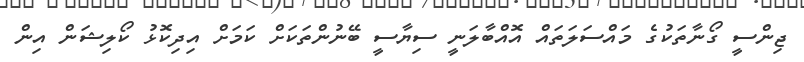
ޖިންސީ ގޯނާތަކުގެ މައްސަލަތައް އޮއްބާލަނީ ސިޔާސީ ބޭނުންތަކަށް ކަމަށް އިދިކޮޅު ކޯލިޝަން އިން